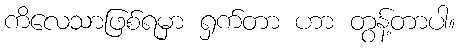
ကိလေသာဖြစ်ရမှာ ရှက်တာ ဟာ တွန့်တာပါ။